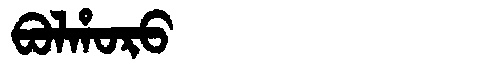
Manchu: ᠪᠣᠯᡥᠣᡵᠣ
Romanization: BOLHORO